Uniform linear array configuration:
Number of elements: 12
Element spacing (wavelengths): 0.25
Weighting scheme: uniform
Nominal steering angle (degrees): -60
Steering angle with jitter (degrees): -61.68
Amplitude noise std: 0.05
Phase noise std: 0.05

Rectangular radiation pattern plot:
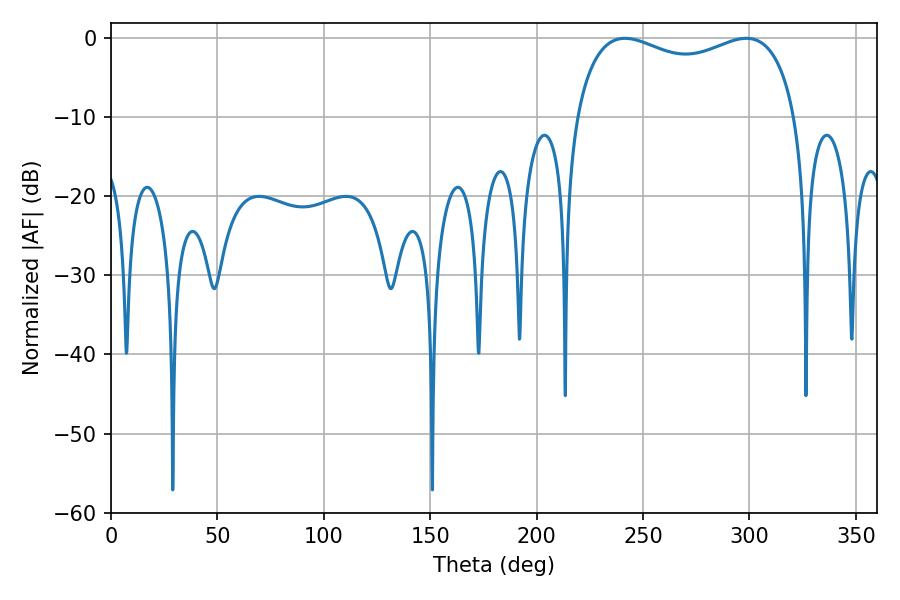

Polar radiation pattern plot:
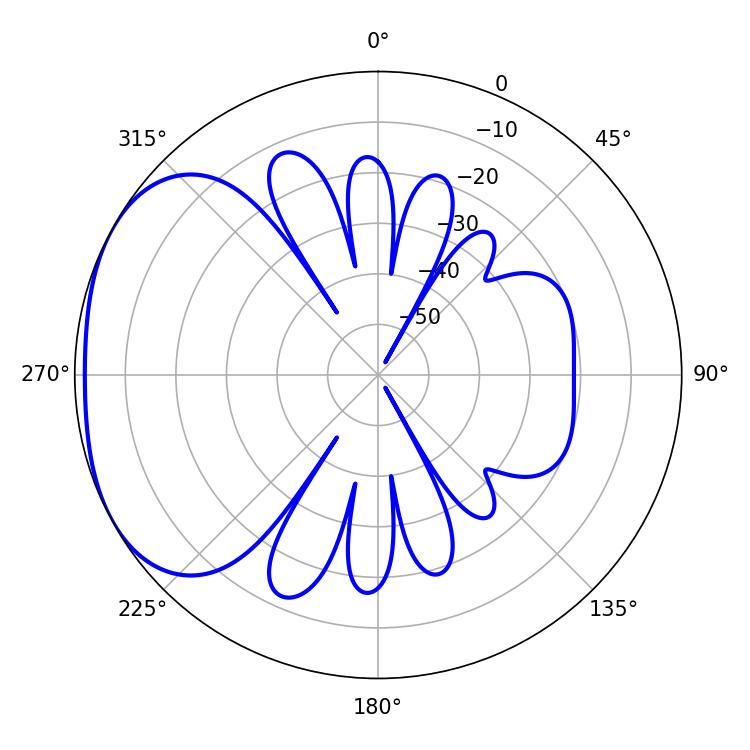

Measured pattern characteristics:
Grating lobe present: FALSE
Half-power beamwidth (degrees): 85.68
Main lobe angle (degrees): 241.56